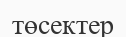
төсектер